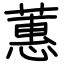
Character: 蕙